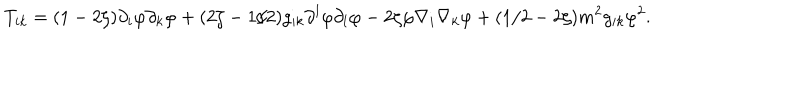
T _ { i k } = ( 1 - 2 \zeta ) \partial _ { i } \varphi \partial _ { k } \varphi + ( 2 \zeta - 1 / 2 ) g _ { i k } \partial ^ { l } \varphi \partial _ { l } \varphi - 2 \zeta \varphi \nabla _ { i } \nabla _ { k } \varphi + ( 1 / 2 - 2 \zeta ) m ^ { 2 } g _ { i k } \varphi ^ { 2 } .